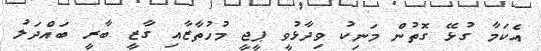
އެކަމާ ގުޅޭ ގޮތުން މަނިކު ވިދާޅުވީ ޕީޖީ މުހުތާޒާއި ގާޒީ ބާރީ ބައްދަލު